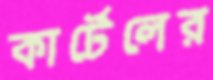
কার্টেলের